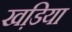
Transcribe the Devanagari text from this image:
खडि़या